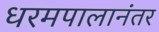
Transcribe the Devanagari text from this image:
धरमपालानंतर